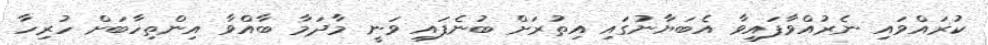
ކުރައްވައި ނެރުއްވާފައިވާ އެބަޔާނުގައި އިތުރަށް ބުނެފައި ވަނީ މާދަމާ ބާއްވާ އިންތިހާބަށް ހުރިހާ